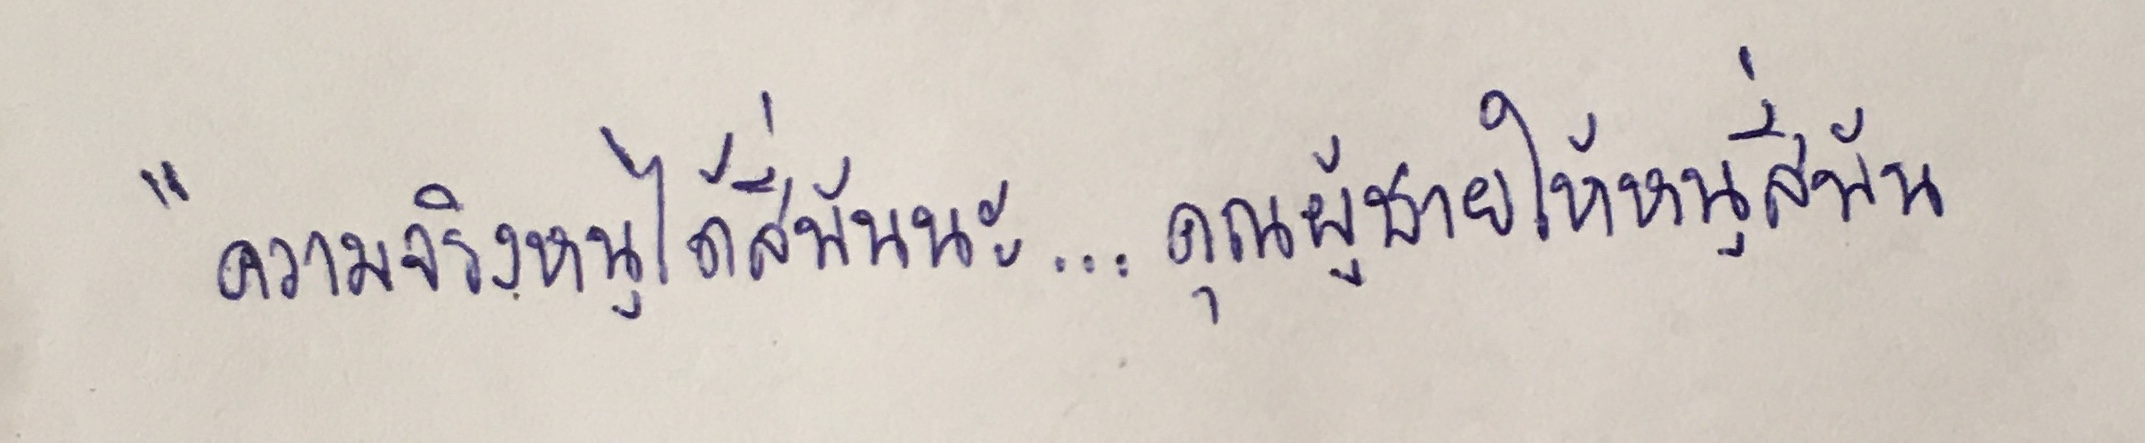
"ความจริงหนูได้สี่พันนะ...คุณผู้ชายให้หนูสี่พัน"